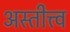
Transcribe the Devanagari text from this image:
अस्तीत्त्व